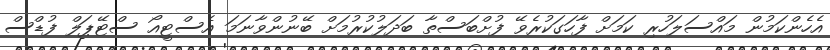
އެހެންކަމުން މައްސަލަހުރި ކަމަށް ފާހަގަކުރެވޭ ފުށްބަސްތާ ބަދަލުކުރުމަށް ބޭނުންވާނަމަ އެސްޓީއޯ ސްޓޭޕަލް ފުޑްސް